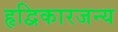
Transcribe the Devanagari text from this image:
हृद्विकारजन्य